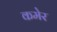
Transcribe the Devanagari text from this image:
कमेर